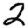
Digit: 2